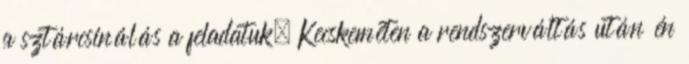
a sztárcsinálás a feladatuk. Kecskeméten a rendszerváltás után én